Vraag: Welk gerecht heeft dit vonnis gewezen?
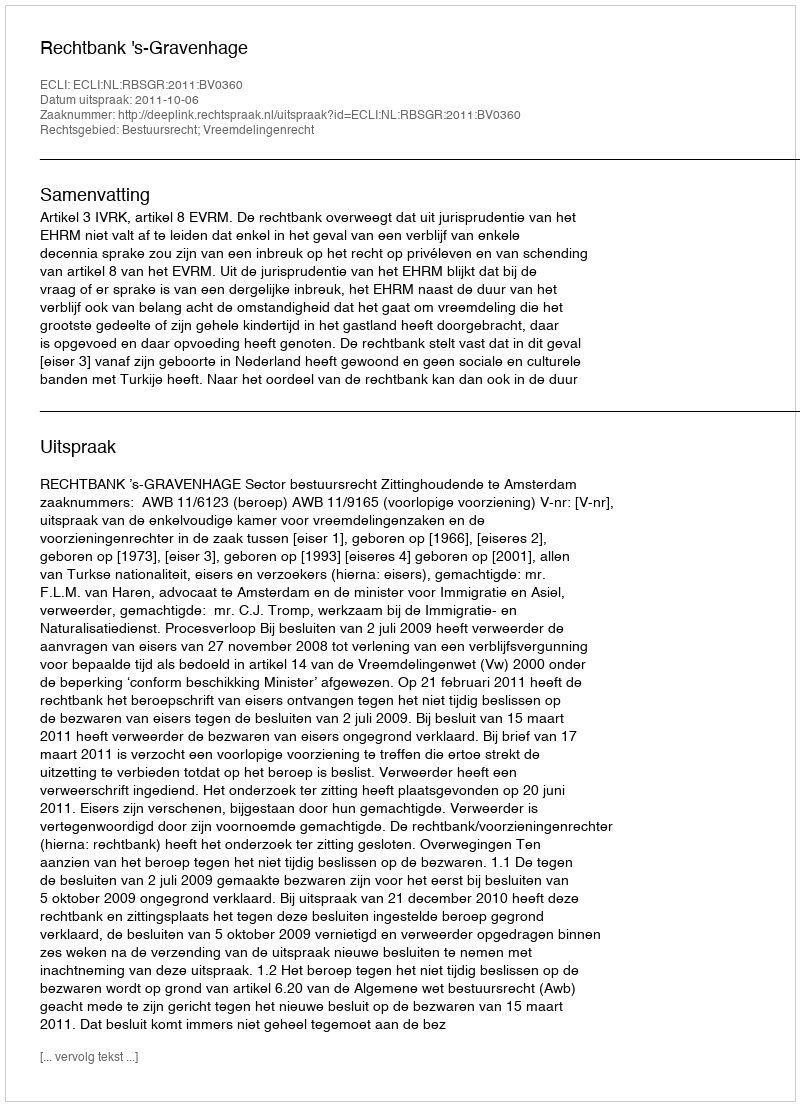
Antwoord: Rechtbank 's-Gravenhage